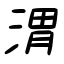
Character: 渭